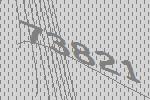
73821